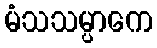
မံသသမ္ပာကေ